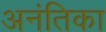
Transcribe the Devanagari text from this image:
अनंतिका